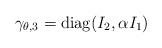
\begin{align*}\gamma_{\theta,3}={\rm diag}(I_2, \alpha I_1)\end{align*}